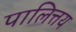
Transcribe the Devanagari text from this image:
पालित्तय